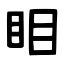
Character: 䀠